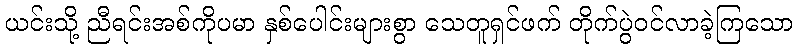
ယင်းသို့ ညီရင်းအစ်ကိုပမာ နှစ်ပေါင်းများစွာ သေတူရှင်ဖက် တိုက်ပွဲဝင်လာခဲ့ကြသော